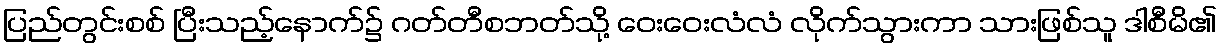
ပြည်တွင်းစစ် ပြီးသည့်နောက်၌ ဂတ်တီစဘတ်သို့ ဝေးဝေးလံလံ လိုက်သွားကာ သားဖြစ်သူ ဒါစီမိ၏